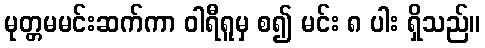
မုတ္တမမင်းဆက်ကာ ဝါရီရူမှ စ၍ မင်း ၈ ပါး ရှိသည်။